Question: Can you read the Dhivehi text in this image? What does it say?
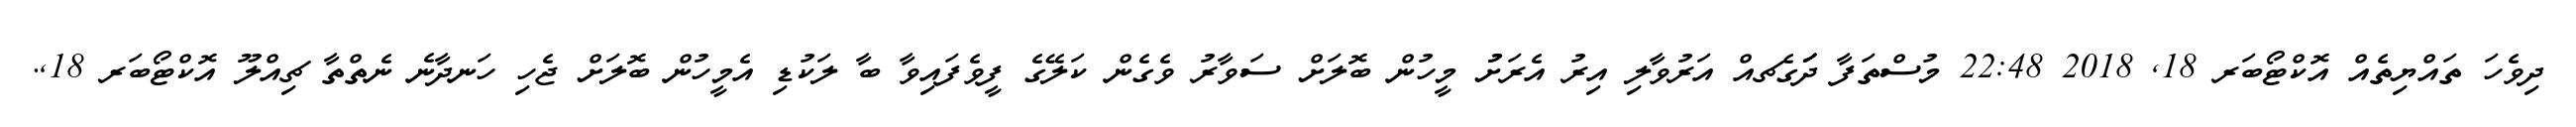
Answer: ދިވެހަ ތައްޔިތެއް އޮކްޓޯބަރ 18, 2018 22:48 މުސްތަފާ ދަަަަަަަގެޗއް އަރުވާލި އިރު އެރަށުު މީހުން ބޮލަށް ސަވާރު ވެގެން ކަލޭގެ ފީވެފައިވާ ބާ ލަކުޑި އެމީހުން ބޮލަށް ޖެހި ހަނދާނެ ނެތްތާ ޗިއްލޫ އޮކްޓޯބަރ 18,.